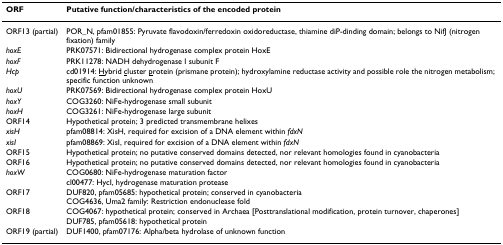
| ORF | Putative function/characteristics of the encoded protein |
 | --- | --- |
 | ORF13 (partial) | POR_N, pfam01855: Pyruvate flavodoxin/ferredoxin oxidoreductase, thiamine diP-dinding domain; belongs to NifJ (nitrogen fixation) family |
 | hoxE | PRK07571: Bidirectional hydrogenase complex protein HoxE |
 | hoxF | PRK11278: NADH dehydrogenase I subunit F |
 | Hcp | cd01914: <underline>H</underline>ybrid <underline>c</underline>luster <underline>p</underline>rotein (prismane protein); hydroxylamine reductase activity and possible role the nitrogen metabolism; specific function unknown |
 | hoxU | PRK07569: Bidirectional hydrogenase complex protein HoxU |
 | hoxY | COG3260: NiFe-hydrogenase small subunit |
 | hoxH | COG3261: NiFe-hydrogenase large subunit |
 | ORF14 | Hypothetical protein; 3 predicted transmembrane helixes |
 | xisH | pfam08814: XisH, required for excision of a DNA element within fdxN |
 | xisI | pfam08869: XisI, required for excision of a DNA element within fdxN |
 | ORF15 | Hypothetical protein; no putative conserved domains detected, nor relevant homologies found in cyanobacteria |
 | ORF16 | Hypothetical protein; no putative conserved domains detected, nor relevant homologies found in cyanobacteria |
 | hoxW | COG0680: NiFe-hydrogenase maturation factorcl00477: HycI, hydrogenase maturation protease |
 | ORF17 | DUF820, pfam05685: hypothetical protein; conserved in cyanobacteriaCOG4636, Uma2 family: Restriction endonuclease fold |
 | ORF18 | COG4067: hypothetical protein; conserved in Archaea [Posttranslational modification, protein turnover, chaperones]DUF785, pfam05618: hypothetical protein |
 | ORF19 (partial) | DUF1400, pfam07176: Alpha/beta hydrolase of unknown function |